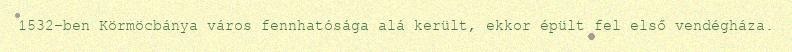
1532-ben Körmöcbánya város fennhatósága alá került, ekkor épült fel első vendégháza.